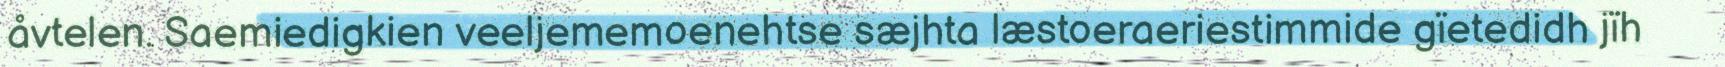
åvtelen. Saemiedigkien veeljememoenehtse sæjhta læstoeraeriestimmide gïetedidh jïh